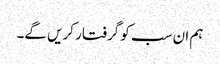
ہم ان سب کو گرفتار کریں گے۔